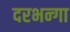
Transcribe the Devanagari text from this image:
दरभन्गा